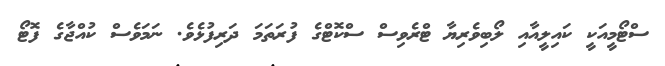
ސްޓޯމީއަކީ ކައިލީއާއި ލޯބިވެރިޔާ ޓްރެވިސް ސްކޮޓްގެ ފުރަތަމަ ދަރިފުޅެވެ. ނަމަވެސް ކުއްޖާގެ ފޮޓޯ